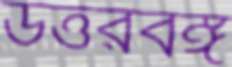
উত্তরবঙ্গ